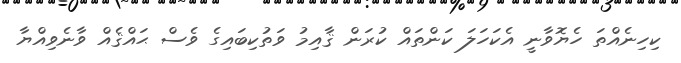
ކިހިނެއްތަ ހެޔޮވާނީ އެކަހަލަ ކަންތައް ކުރަން ޤާއިމު ވަތުކިބައިގެ ވެސް ޙައްޤެއް ވާނެވިއްޔާ